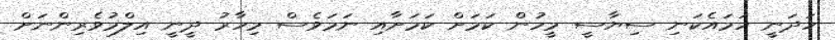
ހަދަނީ ހަމައެކަނި ސިޔާސީ މީހުން ކަމަށް ކަމަށާއި ނަމަވެސް މިހާރު ދީނީ އިލްމުވެރިންނަށް